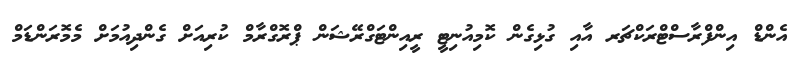
އެންޑް އިންފްރާސްޓްރަކްޗަރ އާއި ގުޅިގެން ކޮމިއުނިޓީ ރީއިންޓަގްރޭޝަން ޕްރޮގްރާމް ކުރިއަށް ގެންދިއުމަށް މެމޮރަންޑަމް